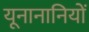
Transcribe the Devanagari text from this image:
यूनानानियों